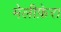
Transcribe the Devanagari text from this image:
मेलीफ़ेरा